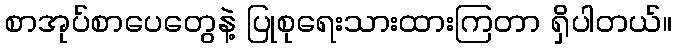
စာအုပ်စာပေတွေနဲ့ ပြုစုရေးသားထားကြတာ ရှိပါတယ်။